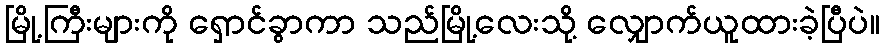
မြို့ကြီးများကို ရှောင်ခွာကာ သည်မြို့လေးသို့ လျှောက်ယူထားခဲ့ပြီပဲ။